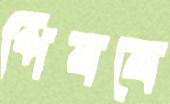
পিষবে